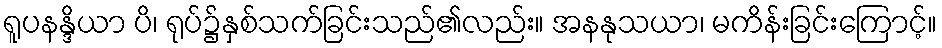
ရူပနန္ဒိယာ ပိ၊ ရုပ်၌နှစ်သက်ခြင်းသည်၏လည်း။ အနနုသယာ၊ မကိန်းခြင်းကြောင့်။